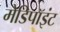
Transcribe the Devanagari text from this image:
मेडिपॉइंट